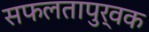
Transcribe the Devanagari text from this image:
सफलतापुर्वक